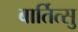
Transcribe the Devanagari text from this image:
बार्तित्सु